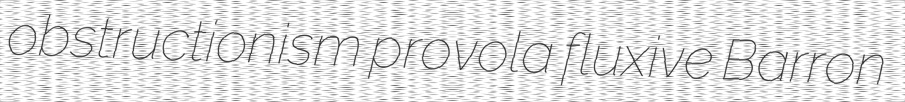
obstructionism provola fluxive Barron